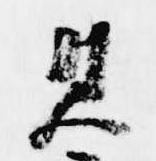
見